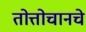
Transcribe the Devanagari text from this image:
तोत्तोचानचे